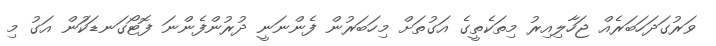
ވަރުގަދަހަބަރެއް ޖަހާލިއިރު މިތަކެތީގެ އަގުތަށް މިހަބަރުން ފެންނަނީ ދުރުންފެންނަ ފޮޓޯގަނޑަކަުން އަގު މި